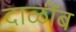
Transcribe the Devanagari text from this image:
दाळींब